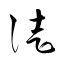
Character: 徒